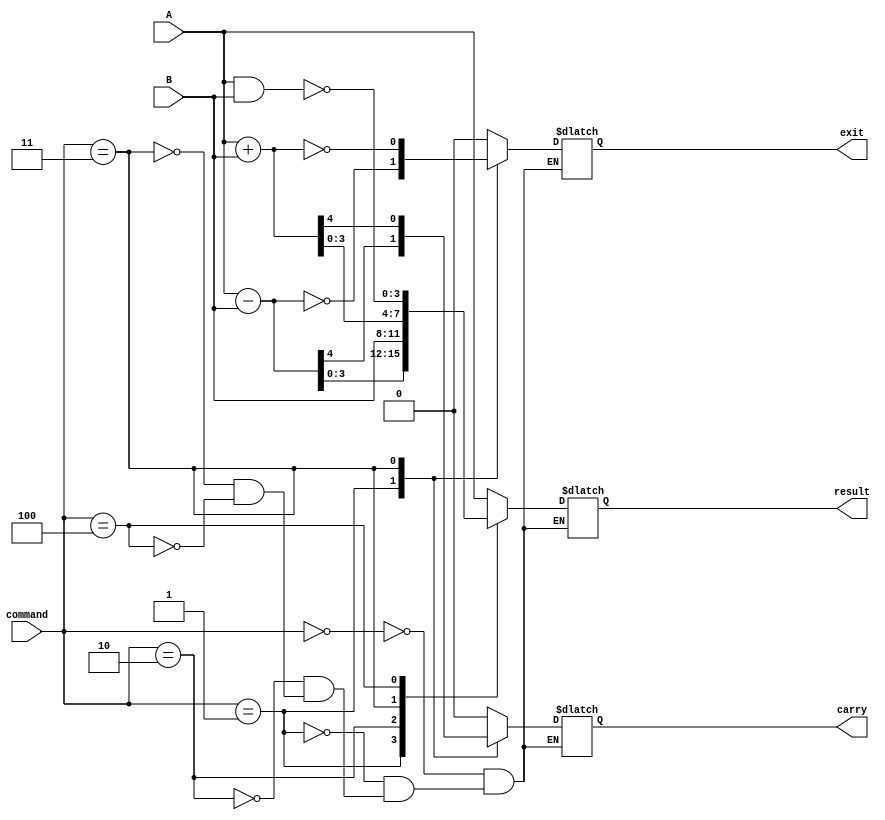
module ALU(
    input wire [3:0]A, // Los bits para seleccionar en A
    input wire [3:0]B, // Los bits para seleccionar en B
    input wire [2:0]command, // Aca es donde le damos la instruccion a la ALU
    output reg [3:0]result,
    output reg carry,
    output reg exit); // El resultado de la operacion que se haga

        reg [4:0]q; //Registro que se tiene internamente

        always @ (A or B or command) begin

            // El case sirve para asignarle un valor a cada opcion
            case(command)

                3'b000: begin
                            q = 5'b00000; // Deja pasar A
                            q = A;
                            carry = 1'b0;
                            exit = 1'b0;
                            result = q[3:0];
                        end

                3'b001: begin
                            q[4:0] = 5'b00000; // Comparador
                            q = A - B;
                            carry = q[4];
                            exit = (q == 5'b00000);
                            result = q[3:0];
                        end
                
                3'b010: begin
                            q[4:0] = 5'b00000; // Deja pasar B
                            q = B;
                            carry = 1'b0;
                            exit = 1'b0;
                            result = q[3:0];
                        end

                3'b011: begin
                            q[4:0] = 5'b00000; // Funciona de suma
                            q = A + B;
                            carry = q[4];
                            exit = (q == 5'b00000);
                            result = q[3:0];
                        end

                3'b100: begin
                            q = 5'b00000; // Nand
                            q = ~(A & B);
                            carry = 1'b0;
                            exit = 1'b0;
                            result = q[3:0];
                        end

            endcase
        end
endmodule